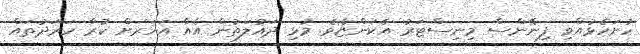
ހުށަހެޅުއްވި ފިނޭންސް މިނިސްޓަރު އެކަންޏެވެ. މުޅި ދައުލަތުން އެއް އަހަރަށް ކުރާ ހަރަދުތައް